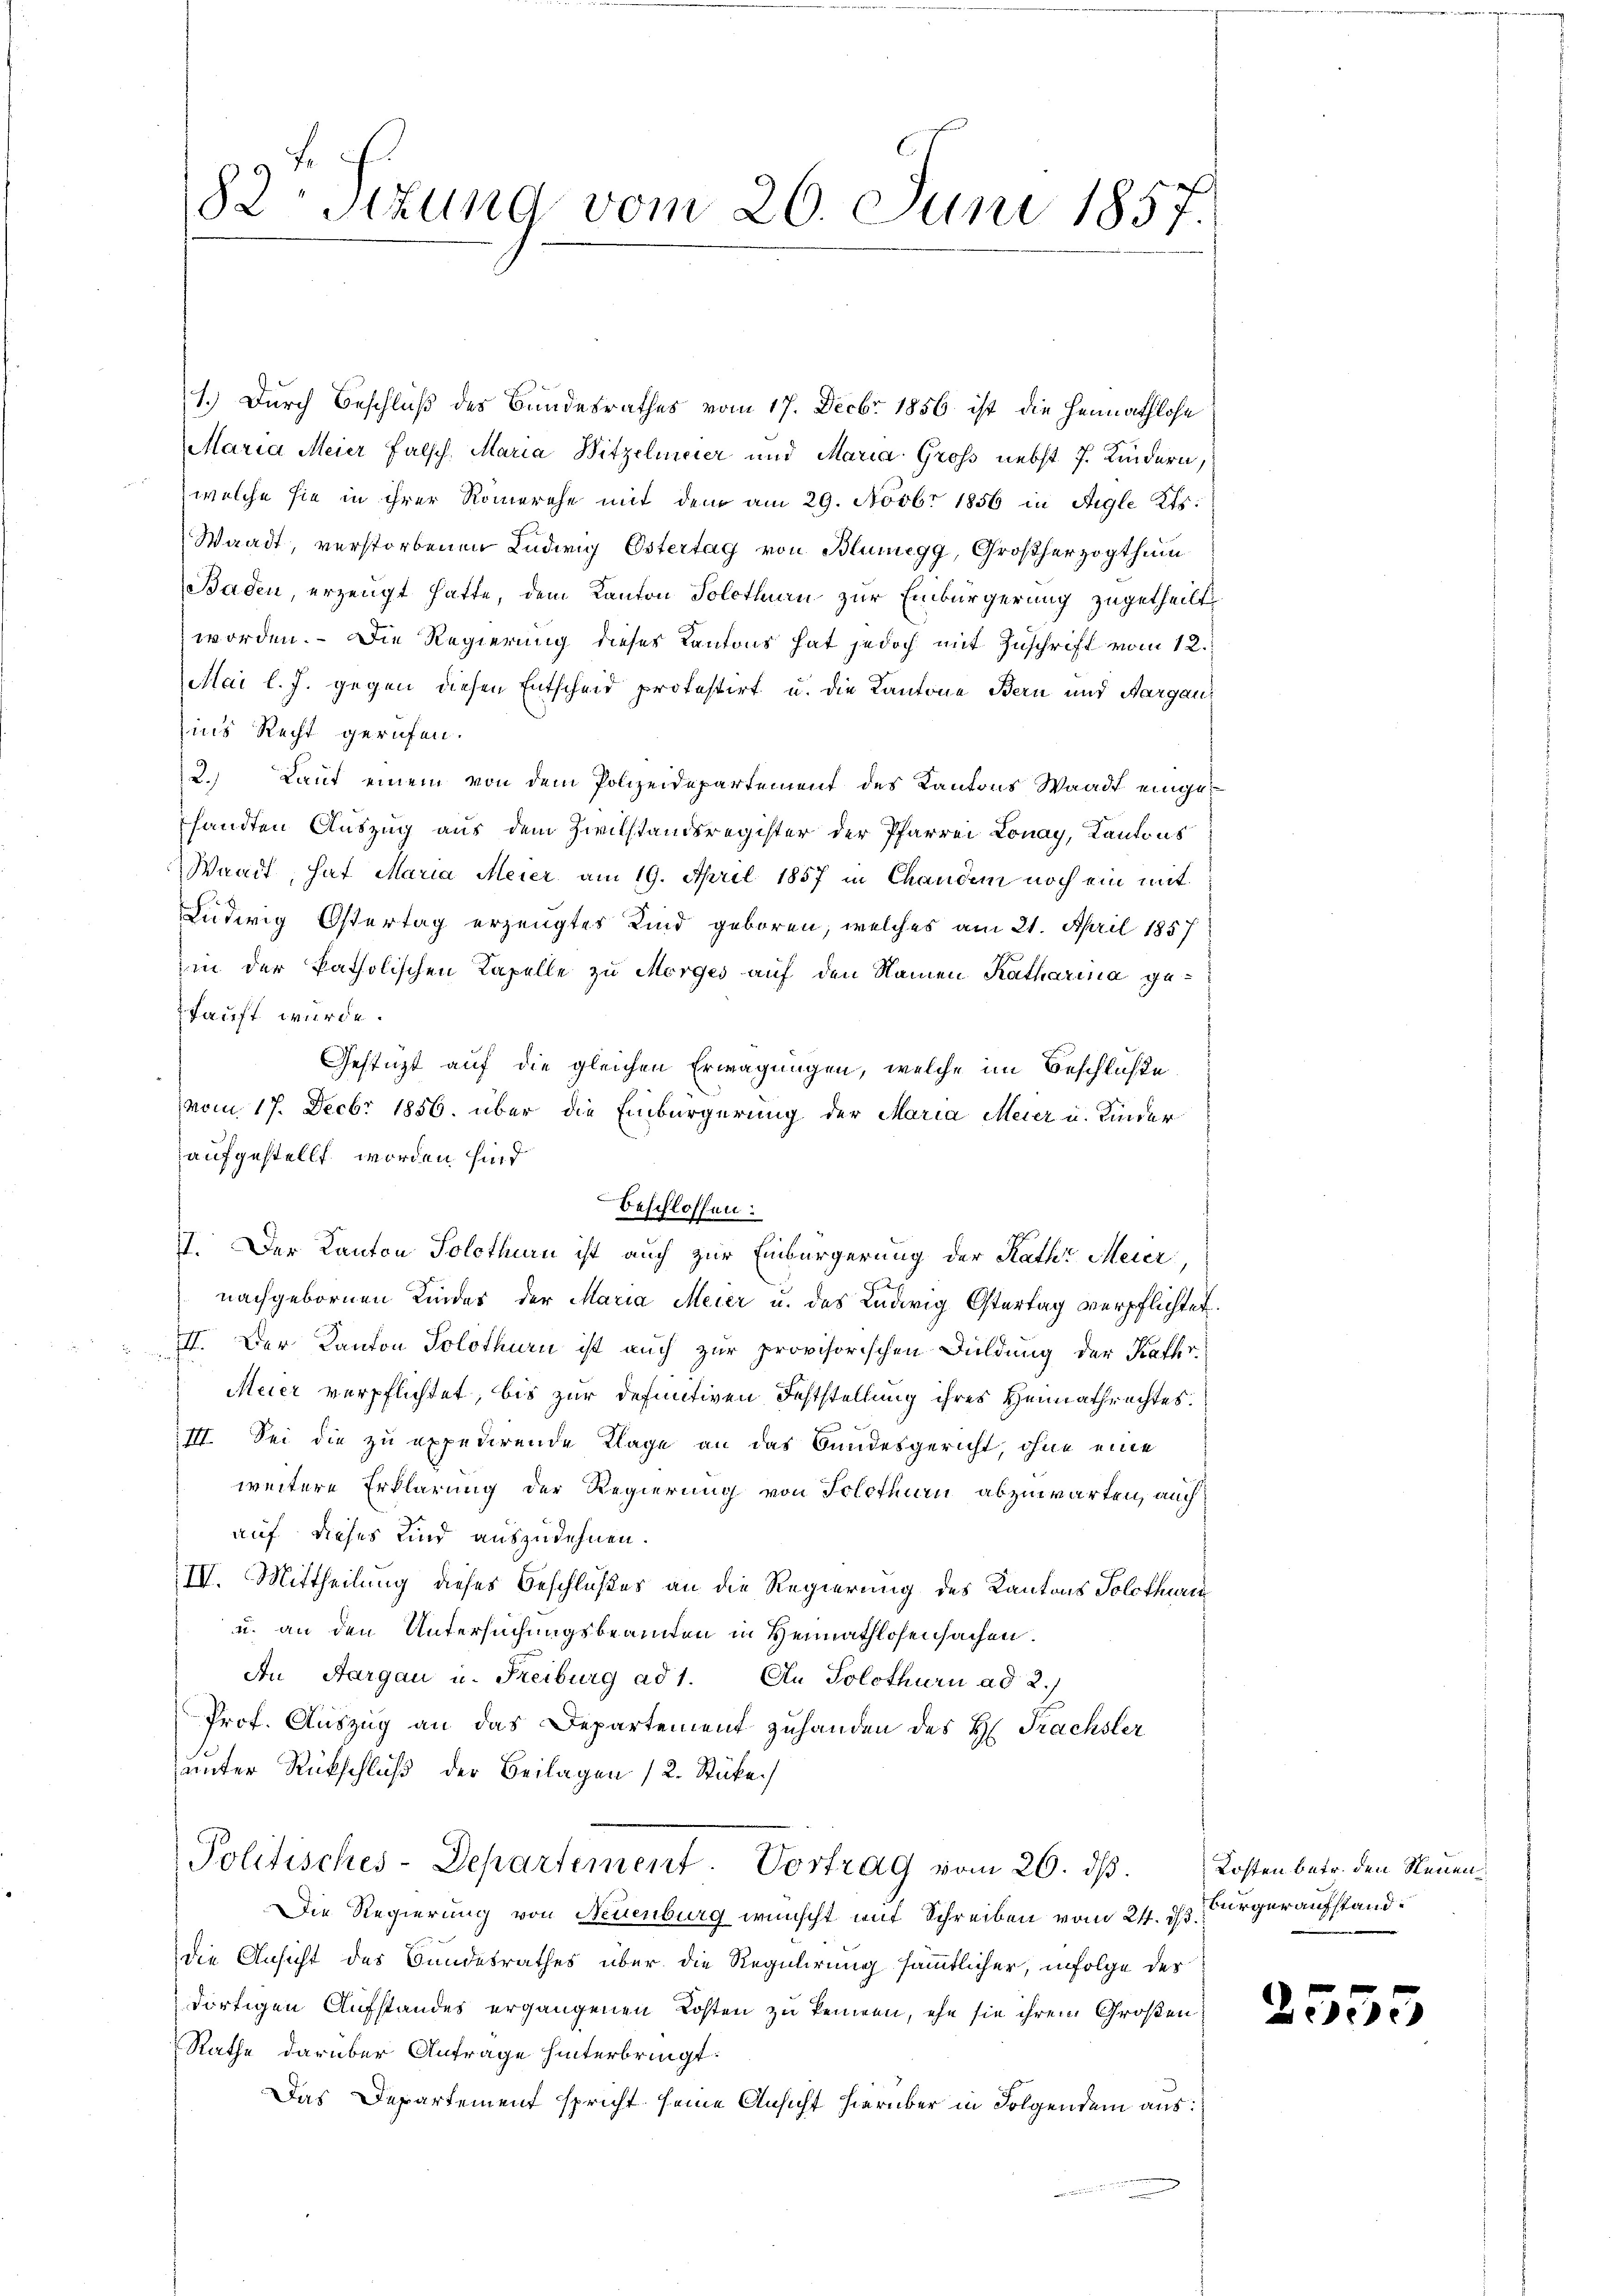
82 Sitzung vom 20. Juni 1857.

1.) Durch Beschluß des Bundesrathes vom 17. Decbr 1856 ist die Heimathlose
Maria Meier Falsch, Maria Witzelmeier und Maria Gross nebst 7. Kindern,
welche sie in ihrer Romerehe mit dem am 29. Novbr 1856 in Aigle Kts.
Waadt, verstorbenen Ludwig Estertag von Blunegg, Großherzogthum
Baden, erzeugt hatte, dem Kanton Solothurn zur Einbürgerung zugetheilt,
worden. Die Regierung dieses Kantons hat jedoch mit Zuschrift vom 12.
Mai l. J. gegen diesen Entscheid protestirt u. die Kantone Bern und Aargau,
ins Recht gerufen.
2. Lauf einem von dem Polizeidepartement des Kantons Waadt eingesandten Auszug aus dem Zivilstandsregister der Pfarrer Lonay, Kantons
Waadt, hat Maria Meier am 19. April 1857 in Chanden noch ein mit
Luderig Östertag erzeugtes Kind geboren, welches am 21. April 1857
in der katholischen Kapelle zu Morges auf den Namen Katharina gehauft wurde.
Gestüzt auf die gleichen Erwägungen, welche im Beschlüße
vom 17. Decbr 1856. über die Einbürgerung der Maria Meier u. Kinder
aufgestellt worden sind
nachgebornen Kinder der Maria Meier u. des Ludwig Ostertag verpflichtet.
II. Der Kanton Solothurn ist auch zur provisorischen Duldung der Kathr
Meier verpflichtet, bis zur definitiven Feststellung ihres Heimathrechtes.
III. Sei die zu expedirende Klage an das Bundesgericht, ohne eine
weitere Erklärung der Regierung von Solothurn abzuwarten, auch
auf dieses Kind auszudehnen.
IV. Mittheilung dieses Beschlußes an die Regierung des Kantons Solothurn
u. an den Untersuchungsbeamten in Heimathlosensachen.
An Aargau u. Freiburg ad 1. An Solothurn ad 2.)
Prof. Auszug an das Departement zuhanden des H. Frachsler
unter Rückschluß der Beilagen 12. Stücke
Politisches-Departement. Vortrag vom 26. dβ.
Die Regierung von Neuenburg wünscht mit Schreiben vom 24. d.
die Ansicht des Bundesrathes über die Regulirung sämmtlicher, infolge der
dortigen Aufstandes ergangenen Kosten zu kennen, ehe sie ihrem Großen
Rathe darüber Antrage hinterbringt:
Das Departement spricht seine Ansicht hierüber in Folgendem aus:

beschlossen:
II. Der Kanton Solothurn ist auch zur Einbürgerung der Rath Meier

Kosten betr. den Neuen
Bürger aufstand.

2555